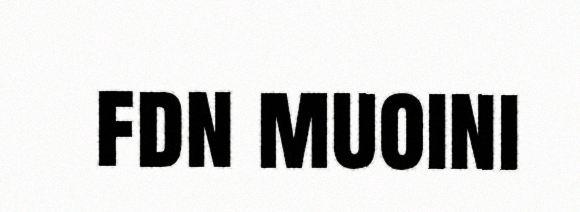
fdn muoini